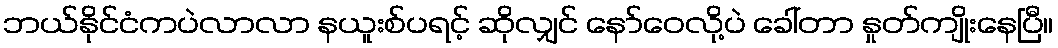
ဘယ်နိုင်ငံကပဲလာလာ နယူးစ်ပရင့် ဆိုလျှင် နော်ဝေလို့ပဲ ခေါ်တာ နှုတ်ကျိုးနေပြီ။